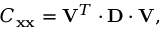
C _ { \bf x x } = { \bf V } ^ { T } \cdot { \bf D } \cdot { \bf V } ,